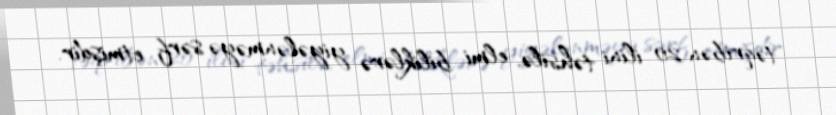
təqribən 20 ilini təhsilə, elmi biliklərə yiyələnməyə sərf etmişdir.